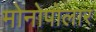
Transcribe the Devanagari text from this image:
मोनोपोलार